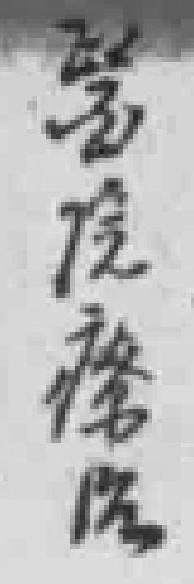
*院療治